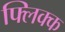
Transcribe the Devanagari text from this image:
फ्लिक्क